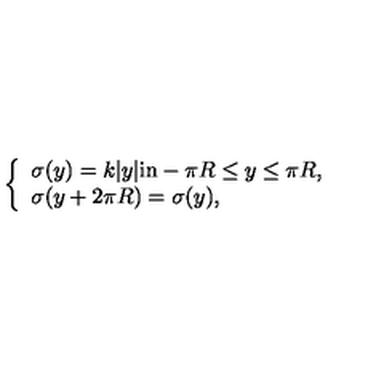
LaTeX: \left\{ \begin{array} { l } { \sigma ( y ) = k | y | \mathrm { i n } - \pi R \leq y \leq \pi R , } \\ { \sigma ( y + 2 \pi R ) = \sigma ( y ) , } \\ \end{array} \right.